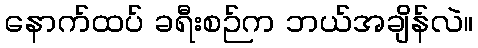
နောက်ထပ် ခရီးစဉ်က ဘယ်အချိန်လဲ။